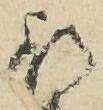
行